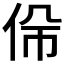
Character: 𠈡